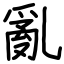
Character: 亂